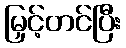
မြှင့်တင်ပြီး